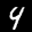
Label: 4